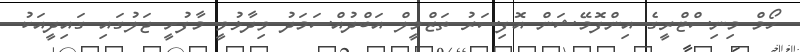
ހޯމް މިނިސްޓްރީގެ އިންފޮމޭޝަން އޮފިސަރު ތަޒްމީލް އަބްދުއްސަމަދު ވިދާޅުވީ މާފުށީ ޖަލުގައި ގައިދީއަކު